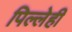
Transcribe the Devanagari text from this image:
पिल्लेही